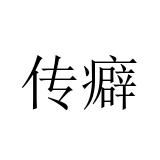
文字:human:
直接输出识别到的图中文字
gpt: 传癖